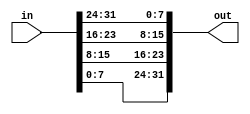
module top_module (
    input wire [31:0] in,
    output wire [31:0] out
);

    // Byte-reversal logic: reverse the order of the bytes from input to output
    assign out[31:24] = in[7:0];
    assign out[23:16] = in[15:8];
    assign out[15:8] = in[23:16];
    assign out[7:0] = in[31:24];

endmodule